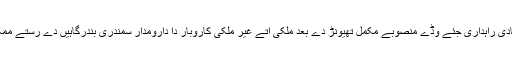
چین اقتصادی راہداری جئے وڈے منصوبے مکمل تھیونڑ دے بعد ملکی اتے غیر ملکی کاروبار دا دارومدار سمندری بندرگاہیں دے رستے ممکن ہو سی۔